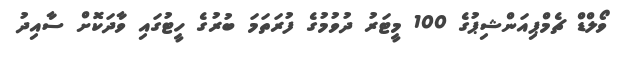
ވޯލްޑް ޗެމްޕިއަންޝިޕުގެ 100 މީޓަރު ދުވުމުގެ ފުރަތަމަ ބުރުގެ ހީޓުގައި ވާދަކޮށް ސާއިދު